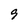
Character: 9